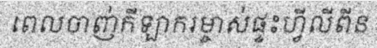
ពេលចាញ់កីឡាករម្ចាស់ផ្ទះហ្វីលីពីន